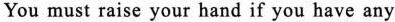
You must raise your hand if you have any